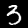
Digit: 3